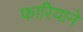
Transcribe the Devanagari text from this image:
फारियाने